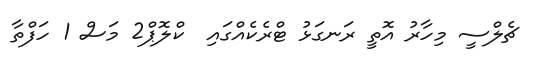
ޗެލްސީ މިހާރު އޮތީ ރަނގަޅު ޓްރެކެއްގައި  ކްލޮޕް2 މަސް 1 ހަފްތާ